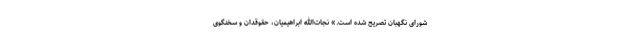
شورای نگهبان تصریح شده است.» نجات‌الله ابراهیمیان، حقوقدان و سخنگوی